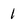
Character: 1